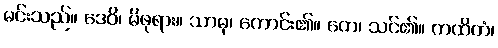
မင်းသည်။ ဒေဝိ၊ မိဖုရား။ သာဓု၊ ကောင်း၏။ တေ၊ သင်၏။ ကထိတံ၊